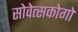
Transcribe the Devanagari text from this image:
सोवेत्सकोगो